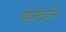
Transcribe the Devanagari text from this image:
पोज़ीट्रॉन